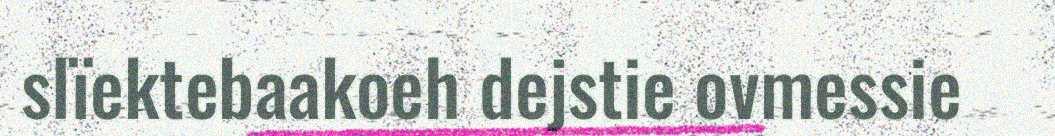
slïektebaakoeh dejstie ovmessie